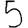
Digit: 5